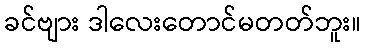
ခင်ဗျား ဒါလေးတောင်မတတ်ဘူး။